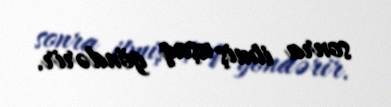
sonra itmiş uşaq göndərir.